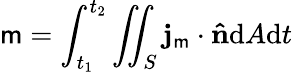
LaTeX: \mathsf{m}=\int_{t_{1}}^{t_{2}}\iint_{S}\mathbf{{j}}_{\mathsf{m}}\cdot\mathbf{{\hat{{n}}}}\mathrm{{{d}}}A\mathrm{{{d}}}t